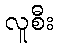
လူစီး